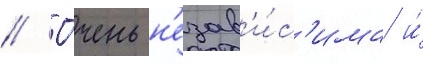
// О́чень н'езав'и́с'има и́